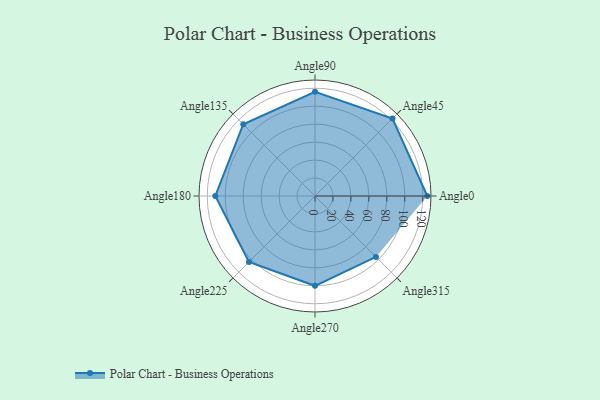
{"axis": {"x": "Angle", "y": "Radius"}, "legend": [""], "data": [{"x": "Angle0", "y": 125.0, "type": ""}, {"x": "Angle45", "y": 122.0, "type": ""}, {"x": "Angle90", "y": 116.0, "type": ""}, {"x": "Angle135", "y": 113.0, "type": ""}, {"x": "Angle180", "y": 111.0, "type": ""}, {"x": "Angle225", "y": 104.0, "type": ""}, {"x": "Angle270", "y": 100.0, "type": ""}, {"x": "Angle315", "y": 96.0, "type": ""}]}